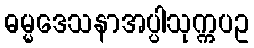
ဓမ္မဒေသနာအပ္ပါသုက္ကပဥ